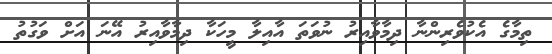
ތިމާގެ އެކުވެރިންނާ ދިމާވާއިރު ނުވަތަ އާއިލާ މީހަކާ ދިމާވާއިރު އޭނަ އަށް ވަގުތު